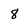
Character: 8